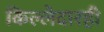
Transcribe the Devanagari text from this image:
किल्लेदारही